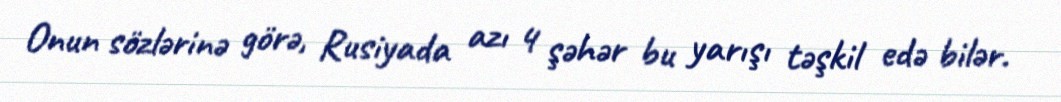
Onun sözlərinə görə, Rusiyada azı 4 şəhər bu yarışı təşkil edə bilər.